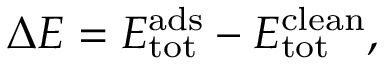
\Delta E = E _ { \mathrm { t o t } } ^ { \mathrm { a d s } } - E _ { \mathrm { t o t } } ^ { \mathrm { c l e a n } } ,